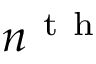
n ^ { \mathrm { ~ t ~ h ~ } }